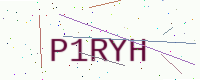
Text: P1RYH